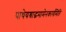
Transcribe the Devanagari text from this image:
पाथेयश्राद्धमामेनकार्यमिति